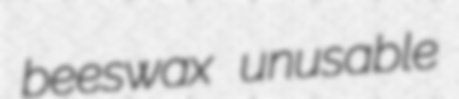
beeswax unusable